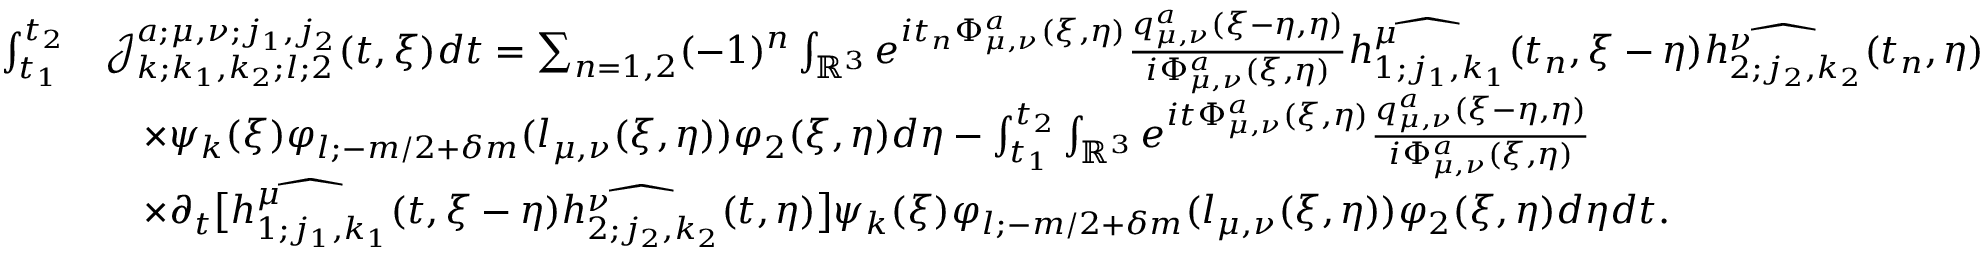
\begin{array} { r l } { \int _ { t _ { 1 } } ^ { t _ { 2 } } } & { \mathcal { J } _ { k ; k _ { 1 } , k _ { 2 } ; l ; 2 } ^ { a ; \mu , \nu ; j _ { 1 } , j _ { 2 } } ( t , \xi ) d t = \sum _ { n = 1 , 2 } ( - 1 ) ^ { n } \int _ { \mathbb { R } ^ { 3 } } e ^ { i t _ { n } \Phi _ { \mu , \nu } ^ { a } ( \xi , \eta ) } \frac { q _ { \mu , \nu } ^ { a } ( \xi - \eta , \eta ) } { i \Phi _ { \mu , \nu } ^ { a } ( \xi , \eta ) } \widehat { h _ { 1 ; j _ { 1 } , k _ { 1 } } ^ { \mu } } ( t _ { n } , \xi - \eta ) \widehat { h _ { 2 ; j _ { 2 } , k _ { 2 } } ^ { \nu } } ( t _ { n } , \eta ) } \\ & { \quad \times \psi _ { k } ( \xi ) \varphi _ { l ; - m / 2 + \delta m } ( l _ { \mu , \nu } ( \xi , \eta ) ) \varphi _ { 2 } ( \xi , \eta ) d \eta - \int _ { t _ { 1 } } ^ { t _ { 2 } } \int _ { \mathbb { R } ^ { 3 } } e ^ { i t \Phi _ { \mu , \nu } ^ { a } ( \xi , \eta ) } \frac { q _ { \mu , \nu } ^ { a } ( \xi - \eta , \eta ) } { i \Phi _ { \mu , \nu } ^ { a } ( \xi , \eta ) } } \\ & { \quad \times \partial _ { t } \big [ \widehat { h _ { 1 ; j _ { 1 } , k _ { 1 } } ^ { \mu } } ( t , \xi - \eta ) \widehat { h _ { 2 ; j _ { 2 } , k _ { 2 } } ^ { \nu } } ( t , \eta ) \big ] \psi _ { k } ( \xi ) \varphi _ { l ; - m / 2 + \delta m } ( l _ { \mu , \nu } ( \xi , \eta ) ) \varphi _ { 2 } ( \xi , \eta ) d \eta d t . } \end{array}